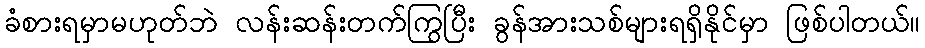
ခံစားရမှာမဟုတ်ဘဲ လန်းဆန်းတက်ကြွပြီး ခွန်အားသစ်များရရှိနိုင်မှာ ဖြစ်ပါတယ်။